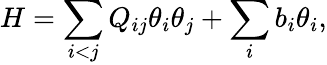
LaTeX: H=\sum_{i<j}{Q_{ij}\theta_{i}\theta_{j}}+\sum_{i}{b_{i}\theta_{i}},